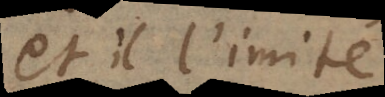
et il l’imite;